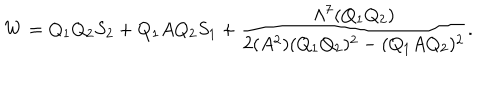
W = Q _ { 1 } Q _ { 2 } S _ { 2 } + Q _ { 1 } A Q _ { 2 } S _ { 1 } + \frac { \Lambda ^ { 7 } ( Q _ { 1 } Q _ { 2 } ) } { 2 ( A ^ { 2 } ) ( Q _ { 1 } Q _ { 2 } ) ^ { 2 } - ( Q _ { 1 } A Q _ { 2 } ) ^ { 2 } } .